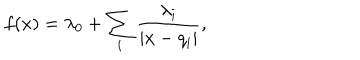
f ( x ) = \lambda _ { 0 } + \sum _ { i } { \frac { \lambda _ { i } } { | x - q _ { i } | } } ,